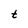
Character: t